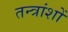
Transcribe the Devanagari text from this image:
तन्त्रांशों